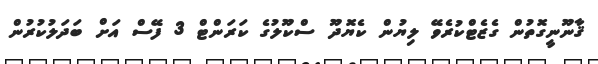
ޤާނޫނީގޮތުން ގެޒެޓްކުރެވޭ ލިޔުން ކެޔޮދޫ ސްކޫލުގެ ކަރަންޓް 3 ފޭސް އަށް ބަދަލުކުރުން